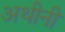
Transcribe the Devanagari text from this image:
अथीनी